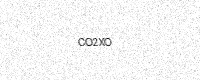
Text: CO2XO